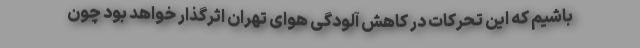
باشیم که این تحرکات در کاهش آلودگی هوای تهران اثرگذار خواهد بود چون